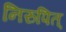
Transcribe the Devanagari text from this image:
निरुपित्